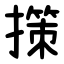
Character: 㩍